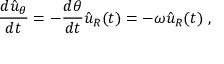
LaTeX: { \frac { d { \hat { u } } _ { \theta } } { d t } } = - { \frac { d \theta } { d t } } { \hat { u } } _ { R } ( t ) = - \omega { \hat { u } } _ { R } ( t ) \ ,